Source: Handwritten
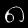
Digit: ၈ (8)